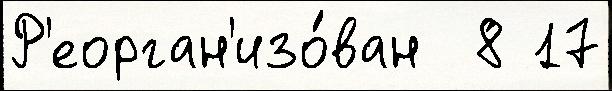
Р'еорган'изо́ван  8 17